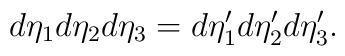
d \eta _1 d \eta _2 d \eta _3 =    d \eta ' _1 d \eta ' _2 d \eta ' _3.